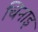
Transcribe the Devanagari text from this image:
चिनाइ